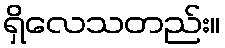
ရှိလေသတည်း။